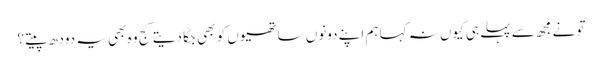
تو نے مجھ سے پہلے ہی کیوں نہ کہا ہم اپنے دونوں ساتھیوں کو بھی جگا دیتے کج وہ بھی یہ دودھ پیتے ؟